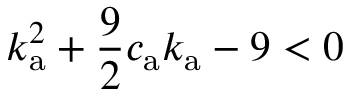
k _ { \mathrm { a } } ^ { 2 } + \frac { 9 } { 2 } c _ { \mathrm { a } } k _ { \mathrm { a } } - 9 < 0